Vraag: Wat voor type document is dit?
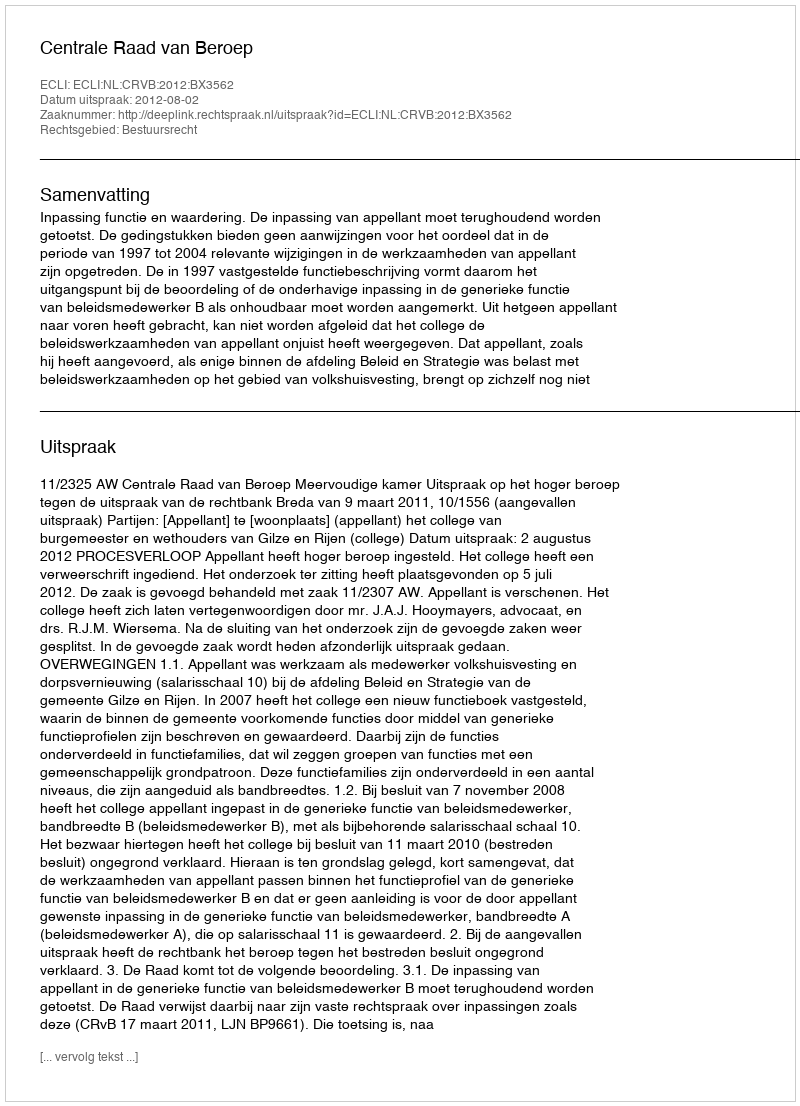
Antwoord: Uitspraak